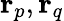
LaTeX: \mathbf{r}_{p},\mathbf{r}_{q}